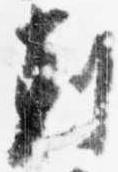
剋